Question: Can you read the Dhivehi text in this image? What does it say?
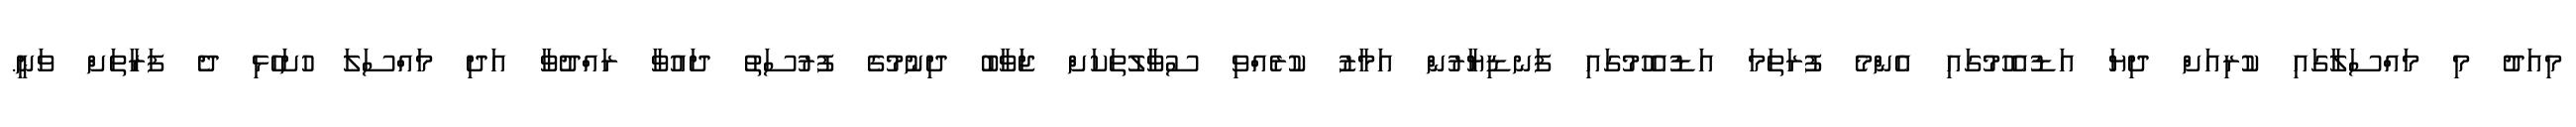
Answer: މިއަދު މި މައްސަލާގައި ކުރިއަށް ދިޔަ އަޑުއެހުމުގައި އެންމެ ފުރަތަމަ އަޑުއެހުމުގައި ފަނޑިޔާރުން އަމާޒު ކުރެއްވި ސުވާލުތަކަށް ޖަވާބު ދިނުމުގެ ފުރުސަތު ދައުވާ ރައްދުވާ އަދި މައްސަލަ ހުށަހެޅި ދެ ފަރާތަށް ވަނީ.